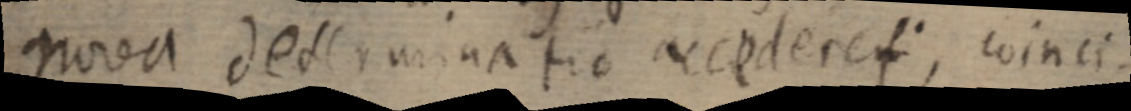
nova determinatio accoderet; coinci